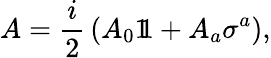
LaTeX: A={\frac{i}{2}}\left(A_{0}1\! \! 1+A_{a}\sigma^{a}\right),